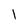
Character: l